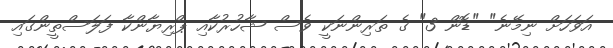
އަވަހަށް ނިމޭނެ" "ޑޮން 3" ގެ ތަރިންނަކީ ވެސް ޝާހުރުކާއި ޕްރިޔާންކާ ފަލަސްތީންގައި